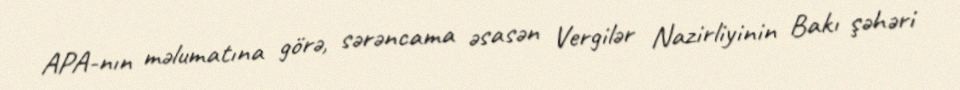
APA-nın məlumatına görə, sərəncama əsasən Vergilər Nazirliyinin Bakı şəhəri